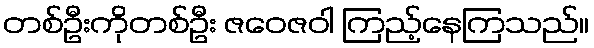
တစ်ဦးကိုတစ်ဦး ဇဝေဇဝါ ကြည့်နေကြသည်။